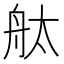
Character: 舦